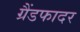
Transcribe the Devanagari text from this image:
ग्रैंडफादर